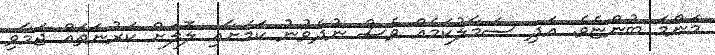
މަންމަ ބުންޏެވެ. އަދި ސަމާލުކަމެއް ވެސް ނުދެވުނު ކަމަށާއި ލޮލަށް ކަރުނަތައް ޖަމާވި